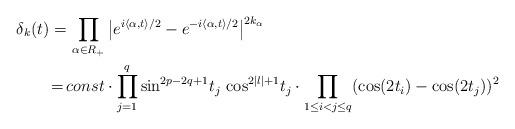
LaTeX: \begin{align*} \delta_k(t) = &\,\prod_{\alpha\in R_+} \big\vert e^{i\langle\alpha,t\rangle/2} - e^{-i\langle\alpha,t\rangle/2}\big\vert^{2k_\alpha} \\ =\, & const\cdot\prod_{j=1}^q \sin^{2p-2q+1}\!t_j\, \cos^{2|l|+1}\! t_j \cdot\prod_{1\leq i<j\leq q} (\cos(2t_i) - \cos(2t_j))^2 \end{align*}